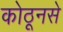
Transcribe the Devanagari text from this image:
कोठूनसे